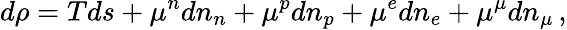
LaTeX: d\rho=Tds+\mu^{n}dn_{n}+\mu^{p}dn_{p}+\mu^{e}dn_{e}+\mu^{\mu}dn_{\mu}\, ,